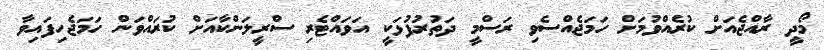
މޯދީ ރާއްޖެއަށް ކުރެއްވުމަށް ހަމަޖެއްސެވި ރަސްމީ ދަތުރުފުޅަކީ އަވައްޓެރި ސްރީލަންކާއަށް ކުރައްވަން ހަމަޖެހިފައިވާ